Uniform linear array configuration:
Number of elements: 48
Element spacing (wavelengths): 0.75
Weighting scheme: hann
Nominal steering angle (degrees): -30
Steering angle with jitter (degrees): -29.1
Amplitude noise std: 0.05
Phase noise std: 0.05

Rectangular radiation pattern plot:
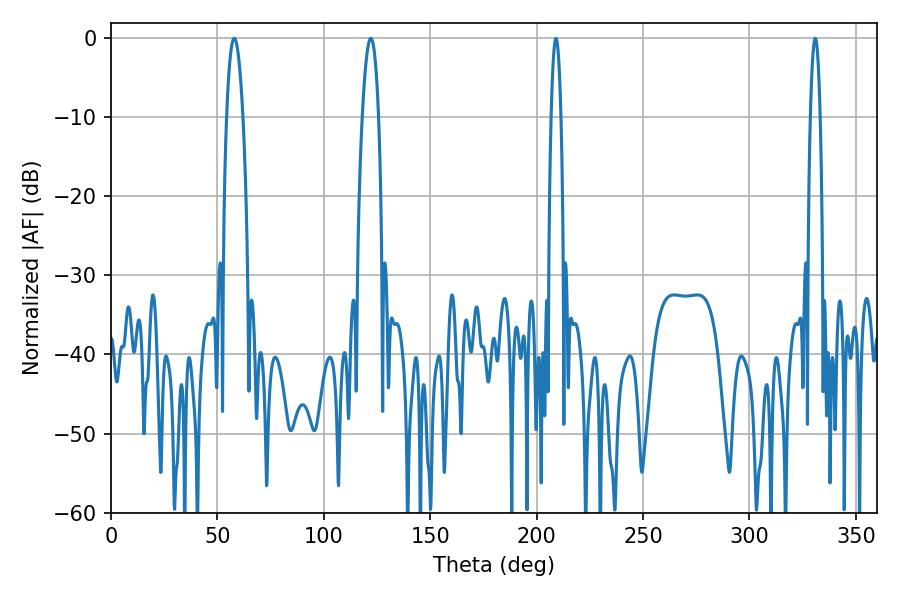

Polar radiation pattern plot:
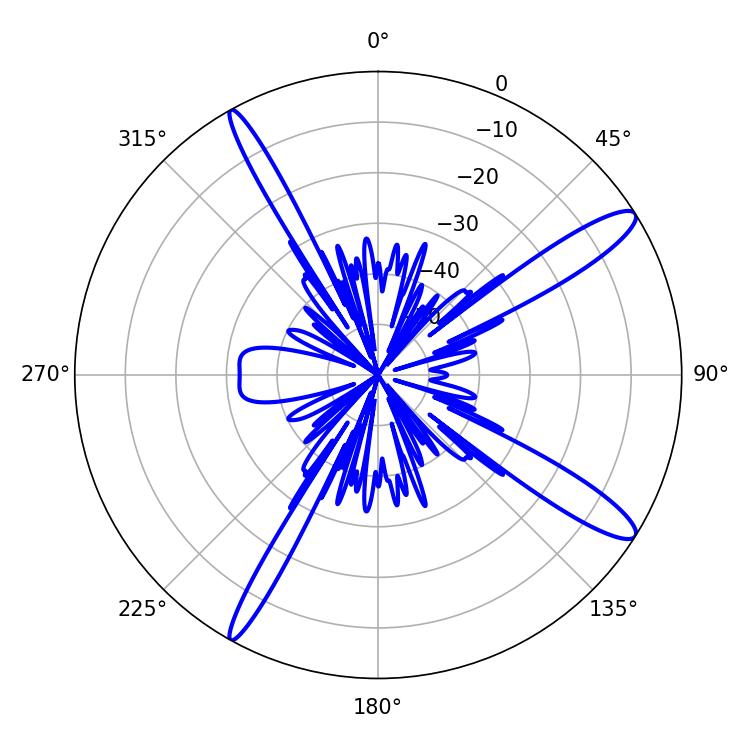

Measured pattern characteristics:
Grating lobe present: TRUE
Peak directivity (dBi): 13.545
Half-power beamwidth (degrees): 4.32
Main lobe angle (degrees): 57.96